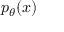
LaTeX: p _ { \theta } ( x )